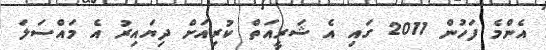
އެންމެ ފަހުން 2011 ގައި އެ ޝަރީއަތް ކުރިއަށް ދިޔައިރު އެ މައްސަލަ